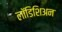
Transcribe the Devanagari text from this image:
लॉडिशिअन